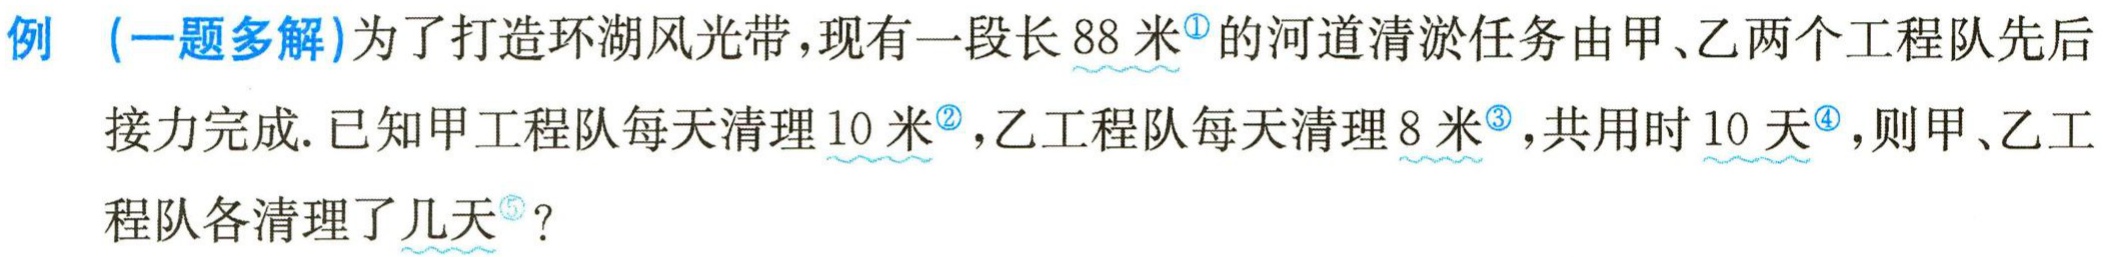
例（一题多解）为了打造环湖风光带，现有一段长 \(88\) 米<sup>\textcircled{1}</sup>的河道清淤任务由甲、乙两个工程队先后接力完成. 已知甲工程队每天清理 \(10\) 米<sup>\textcircled{2}</sup>，乙工程队每天清理 \(8\) 米<sup>\textcircled{3}</sup>，共用时 \(10\) 天<sup>\textcircled{4}</sup>，则甲、乙工程队各清理了几天<sup>\textcircled{5}</sup>？